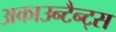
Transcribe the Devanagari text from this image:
अकाउन्टैन्ट्स